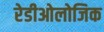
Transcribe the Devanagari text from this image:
रेडीओलोजिक